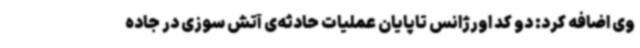
وی اضافه کرد: ‌دو کد اورژانس تاپایان عملیات حادثه‌ی آتش سوزی در جاده